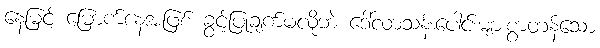
နေမြင့် မြောက်နေ့အဖြစ် ခွင့်ပြုချက်မလိုဘဲ ဒေါ်လာသန်းပေါင်းများစွာတန်သော